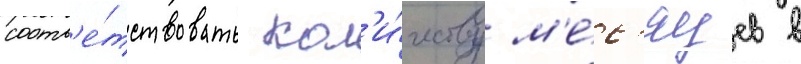
соотв'е́тствовать кол'и́честву м'е́с'яцев в